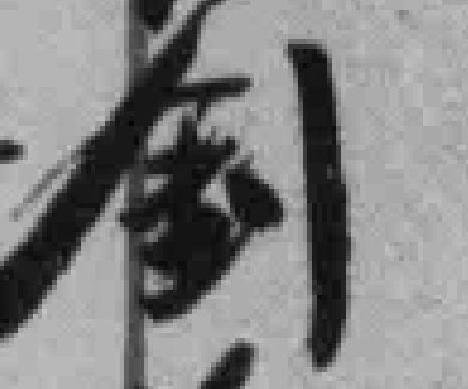
钊